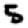
Digit: 5